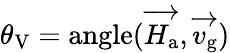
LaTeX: \theta_{\mathrm{V}}=\mathrm{angle}(\overrightarrow{H_{\mathrm{a}}},\overrightarrow{v_{\mathrm{g}}})